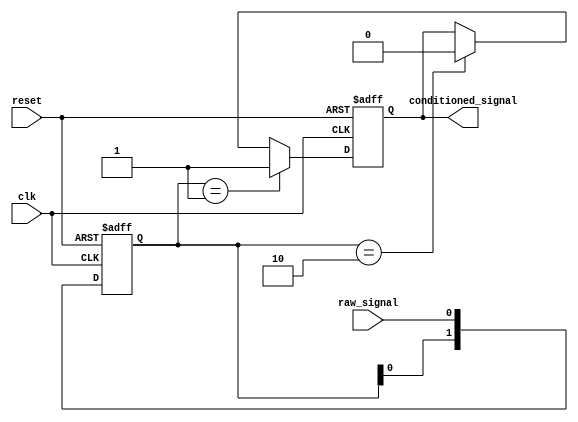
module SignalConditioning (
    input wire clk,
    input wire reset,
    input wire raw_signal,
    output reg conditioned_signal
);
    // Schmitt Trigger Logic Implementation
    reg [1:0] signal_reg;

    always @(posedge clk or posedge reset) begin
        if (reset) begin
            signal_reg <= 2'b00;
            conditioned_signal <= 0;
        end else begin
            signal_reg <= {signal_reg[0], raw_signal};
            if (signal_reg == 2'b01) begin
                conditioned_signal <= 1; // Rising edge
            end else if (signal_reg == 2'b10) begin
                conditioned_signal <= 0; // Falling edge
            end
        end
    end
endmodule